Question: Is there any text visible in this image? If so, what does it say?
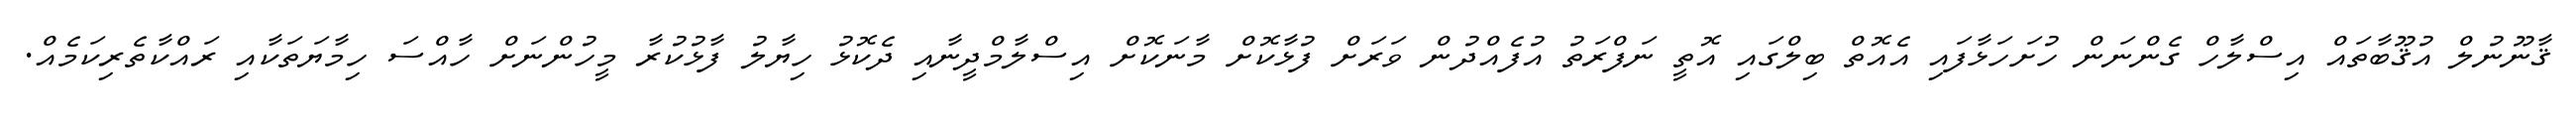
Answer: ޤާނޫނުލް އުޤޫބާތައް އިސްލާހް ގެންނަން ހުށަހަޅާފައި އެއޮތް ބިލްގައި އޮތީ ނަފްރަތު އުފެއްދުން ވަރަށް ފުޅާކޮށް މާނަކޮށް އިސްލާމްދީނާއި ދެކޮޅު ހިޔާލު ފާޅުކުރާ މީހުންނަށް ހާއްސަ ހިމާޔަތަކާއި ރައްކާތެރިކަމެއް.